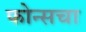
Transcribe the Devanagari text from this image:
फोन्सचा